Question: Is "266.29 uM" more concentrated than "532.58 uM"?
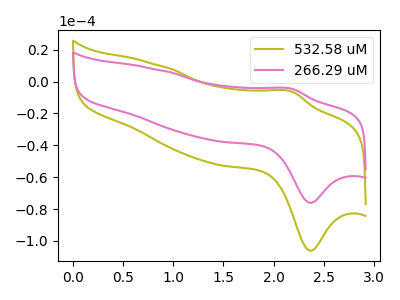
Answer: <think>The olive curve "532.58 uM" has an anodic peak at (2.20V, -6.40uA) and a cathodic peak at (2.35V, -106.20uA). The pink curve "266.29 uM" has an anodic peak at (2.20V, -4.60uA) and a cathodic peak at (2.35V, -76.10uA).
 All the peaks in "266.29 uM" have a peak in "532.58 uM" at the same potential.</think>
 <answer>I cant tell if "266.29 uM" or "532.58 uM" has higher concentration.</answer>
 <eval>mixed_concentration</eval>